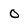
Character: 0